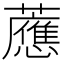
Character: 𧃽